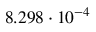
8 . 2 9 8 \cdot 1 0 ^ { - 4 }